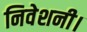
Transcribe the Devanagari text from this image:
निवेशनी।